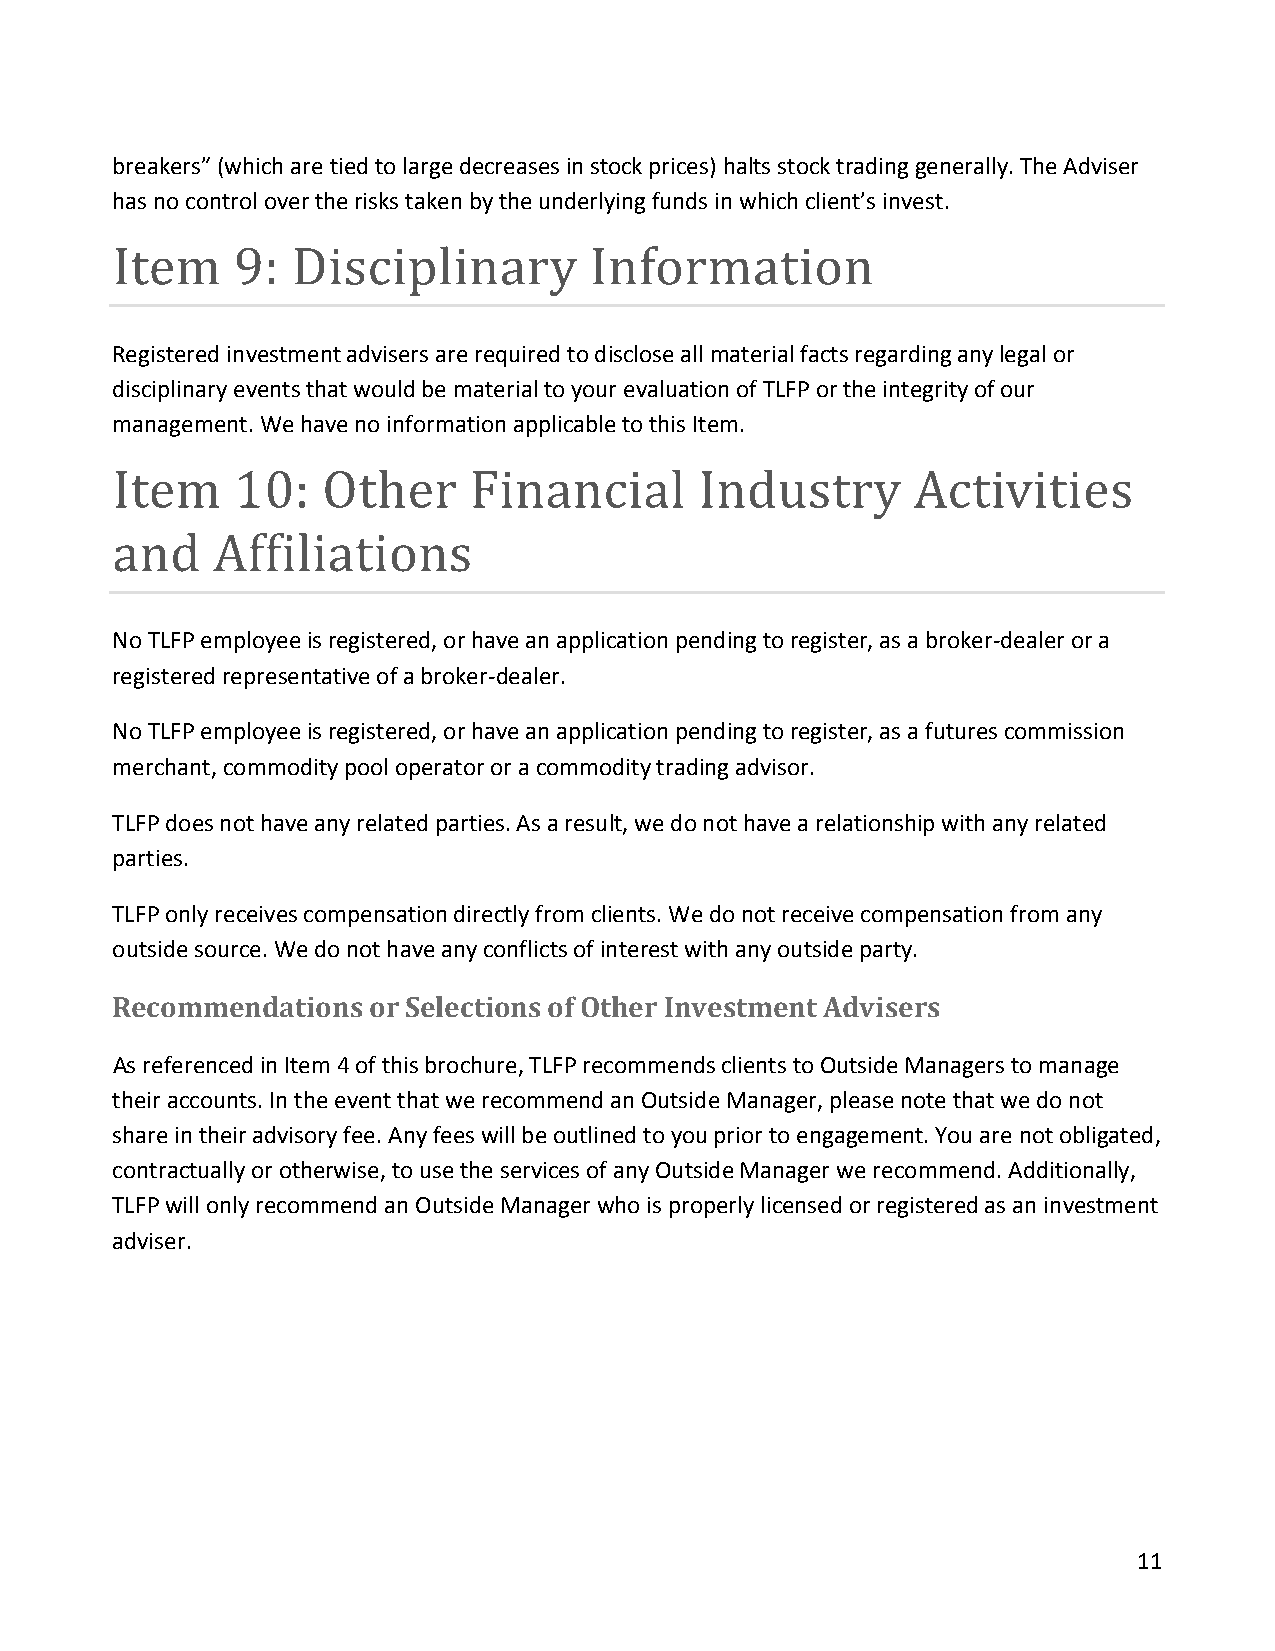
breakers” (which are tied to large decreases in stock prices) halts stock trading generally. The Adviser
 has no control over the risks taken by the underlying funds in which client’s invest.
 Registered investment advisers are required to disclose all material facts regarding any legal or
 Item    9:  Disciplinary        Information
 disciplinary events that would be material to your evaluation of TLFP or the integrity of our
 management. We have no information applicable to this Item.
 Item    10:   Other     Financial      Industry      Activities
 No TLFP employee is registered, or have an application pending to register, as a broker-dealer or a
 and    Affiliations
 registered representative of a broker-dealer.
 No TLFP employee is registered, or have an application pending to register, as a futures commission
 merchant, commodity pool operator or a commodity trading advisor.
 TLFP does not have any related parties. As a result, we do not have a relationship with any related
 parties.
 TLFP only receives compensation directly from clients. We do not receive compensation from any
 outside source. We do not have any conflicts of interest with any outside party.
 Recommendations  or Selections of Other Investment Advisers
 As referenced in Item 4 of this brochure, TLFP recommends clients to Outside Managers to manage
 their accounts. In the event that we recommend an Outside Manager, please note that we do not
 share in their advisory fee. Any fees will be outlined to you prior to engagement. You are not obligated,
 contractually or otherwise, to use the services of any Outside Manager we recommend. Additionally,
 TLFP will only recommend an Outside Manager who is properly licensed or registered as an investment
 adviser.
 11